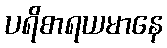
ပရိစာရယမာနေ